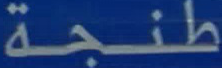
طَنْجِة